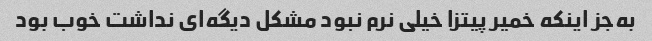
به‌جز اینکه خمیر پیتزا خیلی نرم نبود مشکل دیگه‌ای نداشت خوب بود